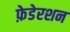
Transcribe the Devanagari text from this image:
फ़ेडेरशन